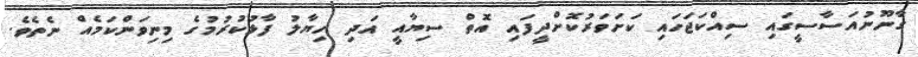
ގާނޫނުއަސާސީގައި ސިއްކަޖަހައި ކަށަވަރުކޮށްދީފަައި އޮތް ސިޔާއީ އަދި ހިޔާލު ފާޅުކުރުމުގެ މިނިވަންކަމެއް ނެތެވެ.